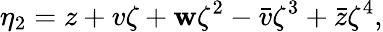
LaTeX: \eta_{2}=z+v\zeta+\mathbf{w}\zeta^{2}-\bar{{v}}\zeta^{3}+\bar{{z}}\zeta^{4},